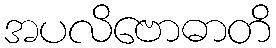
အပလိဗောဓာတိ